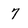
Character: 7